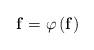
LaTeX: \begin{align*}\mathbf{f}=\varphi \left( \mathbf{f} \right)\end{align*}